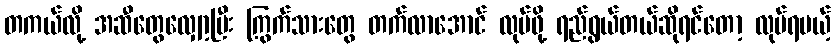
တကယ်လို့ အဆီတွေလျှော့ပြီး ကြွက်သားတွေ တက်လာအောင် လုပ်ဖို့ ရည်ရွယ်တယ်ဆိုရင်တော့ လုပ်ရမယ့်